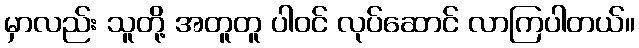
မှာလည်း သူတို့ အတူတူ ပါဝင် လုပ်ဆောင် လာကြပါတယ်။